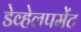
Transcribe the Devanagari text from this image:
डेव्हेलपमेंट